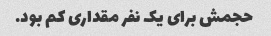
حجمش برای یک نفر مقداری کم بود.